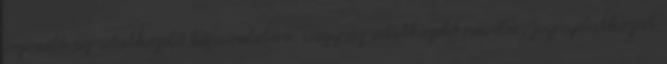
jogosult az adatkezelő képviseletére, vagy az adatkezelő nevében jognyilatkozat